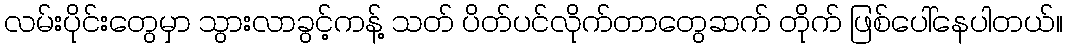
လမ်းပိုင်းတွေမှာ သွားလာခွင့်ကန့် သတ် ပိတ်ပင်လိုက်တာတွေဆက် တိုက် ဖြစ်ပေါ်နေပါတယ်။